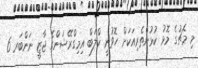
މި މެޗުގެ މޮޅު ކުޅުންތެރިއަކަށް ހޮވުނީ ކްލަބް އިމިގްރޭޝަންގެ ޖާޒީ ނަންބަރ 6